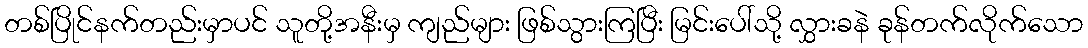
တစ်ပြိုင်နက်တည်းမှာပင် သူတို့အနီးမှ ကျည်များ ဖြစ်သွားကြပြီး မြင်းပေါ်သို့ လွှားခနဲ ခုန်တက်လိုက်သော